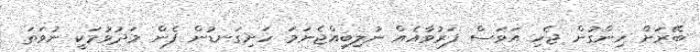
ބޭރަށް ހިންގުން ޖެހި އަވަސް ފަރުވާއެއް ނުލިބިއްޖެނަމަ ހަށިގަނޑުން ފެން މަދުވުމަކީ ނުވަތަ